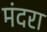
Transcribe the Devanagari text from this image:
मंदरा